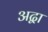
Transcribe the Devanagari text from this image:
अद्वा